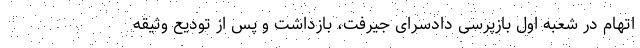
اتهام در شعبه اول بازپرسی دادسرای جیرفت، بازداشت و پس از تودیع وثیقه